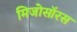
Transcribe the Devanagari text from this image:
मिजोसॉरस